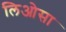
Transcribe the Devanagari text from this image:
लिओसा